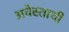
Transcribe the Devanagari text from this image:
अवेस्ताची